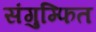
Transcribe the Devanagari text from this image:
संगुम्फित